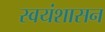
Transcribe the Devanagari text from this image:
स्वयंशासन